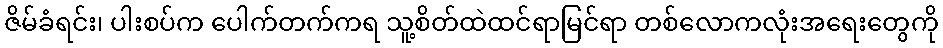
ဇိမ်ခံရင်း၊ ပါးစပ်က ပေါက်တက်ကရ သူ့စိတ်ထဲထင်ရာမြင်ရာ တစ်လောကလုံးအရေးတွေကို